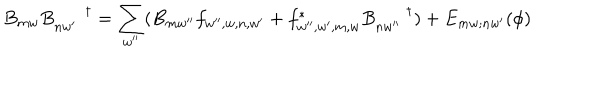
B _ { m w } B _ { n w ^ { \prime } } ^ { \dagger } = \sum _ { w ^ { \prime \prime } } ( B _ { m w ^ { \prime \prime } } f _ { w ^ { \prime \prime } , w , n , w ^ { \prime } } + f _ { w ^ { \prime \prime } , w ^ { \prime } , m , w } ^ { * } B _ { n w ^ { \prime \prime } } ^ { \dagger } ) + E _ { m w ; n w ^ { \prime } } ( \phi )